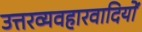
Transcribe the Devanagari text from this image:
उत्तरव्यवहारवादियों